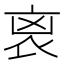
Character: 𧘮